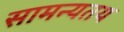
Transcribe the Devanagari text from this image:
सामन्यतय